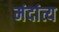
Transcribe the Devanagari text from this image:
मंदांत्य